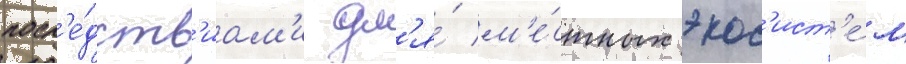
посл'е́дств'иам'и дл'я́ м'е́стных экос'ист'е́м